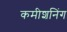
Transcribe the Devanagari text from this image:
कमीशनिंग